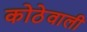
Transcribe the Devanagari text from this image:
कोठेवाली